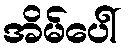
အိမ်ပေါ်